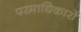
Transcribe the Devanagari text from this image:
परमाधिकारों